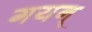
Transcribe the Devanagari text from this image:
गयन्